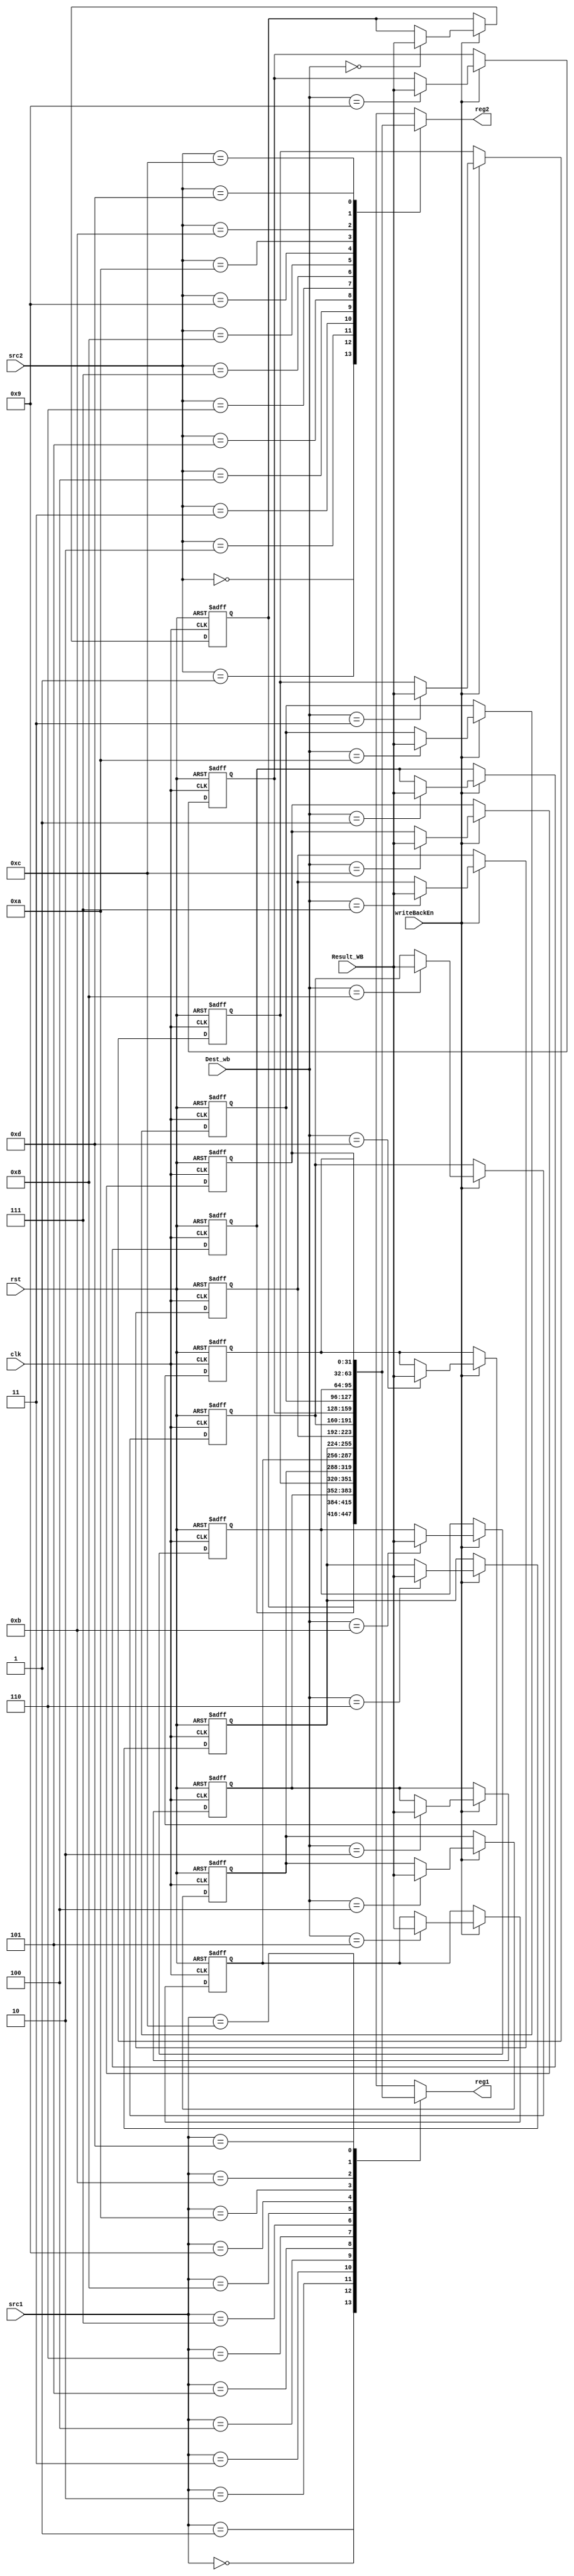
module RegisterFile (clk, rst, src1, src2, Dest_wb, Result_WB, writeBackEn, reg1, reg2);
input clk;
input rst;
input [3:0] src1;
input [3:0] src2;
input [3:0] Dest_wb;
input [31:0] Result_WB;
input writeBackEn;
output [31:0] reg1;
output [31:0] reg2;

	reg [31:0] registers [0:13]; // 14 32-bit register
	
	assign reg1 = registers[src1];
	assign reg2 = registers[src2];

	integer i;
	always @(negedge clk or posedge rst) begin
		if (rst) begin
			for (i = 0; i < 14; i=i+1)
				registers[i] <= 32'b0;
		end
		else if (writeBackEn) begin
			registers[Dest_wb] <= Result_WB;
		end
	end

endmodule